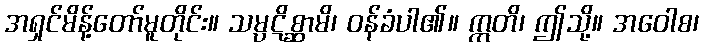
အရှင်မိန့်တော်မူတိုင်း။ သမ္ပဋိစ္ဆာမိ၊ ဝန်ခံပါ၏။ ဣတိ၊ ဤသို့။ အဝေါစ၊